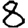
Digit: 8